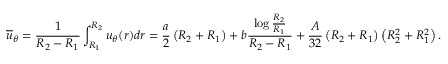
\overline { { u } } _ { \theta } = \frac { 1 } { R _ { 2 } - R _ { 1 } } \int _ { R _ { 1 } } ^ { R _ { 2 } } u _ { \theta } ( r ) d r = \frac { a } { 2 } \left( R _ { 2 } + R _ { 1 } \right) + b \frac { \log { \frac { R _ { 2 } } { R _ { 1 } } } } { R _ { 2 } - R _ { 1 } } + \frac { A } { 3 2 } \left( R _ { 2 } + R _ { 1 } \right) \left( R _ { 2 } ^ { 2 } + R _ { 1 } ^ { 2 } \right) .